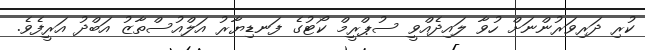
ކުރި ދަރިވަރުންނަށް ހުވާ ލައިދެއްވީ ސުޕްރީމް ކޯޓުގެ ފަނޑިޔާރު އަލްއުސްތާޒު އަބްދު އަރީފެވެ.